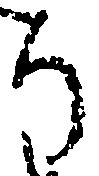
り